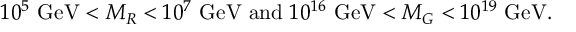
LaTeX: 1 0 ^ { 5 } ~ { \mathrm { G e V } } < M _ { R } < 1 0 ^ { 7 } ~ { \mathrm { G e V } } { \mathrm { ~ a n d ~ } } 1 0 ^ { 1 6 } ~ { \mathrm { G e V } } < M _ { G } < 1 0 ^ { 1 9 } ~ { \mathrm { G e V } } .